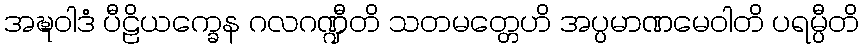
အဍ္ဎဝါဒံ ပီဠိယက္ခေန ဂလဂဏ္ဍီတိ သတမတ္တေဟိ အပ္ပမာဏမေဝါတိ ပရမ္ပီတိ